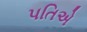
પતિએ